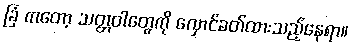
ခြံ ကတော့ သတ္တဝါတွေကို လှောင်ခတ်ထားသည့်နေရာ။